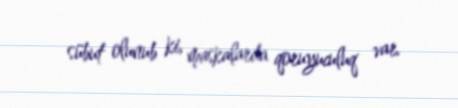
sübut olunub ki, maskalarda qoruyuculuq var.